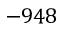
- 9 4 8